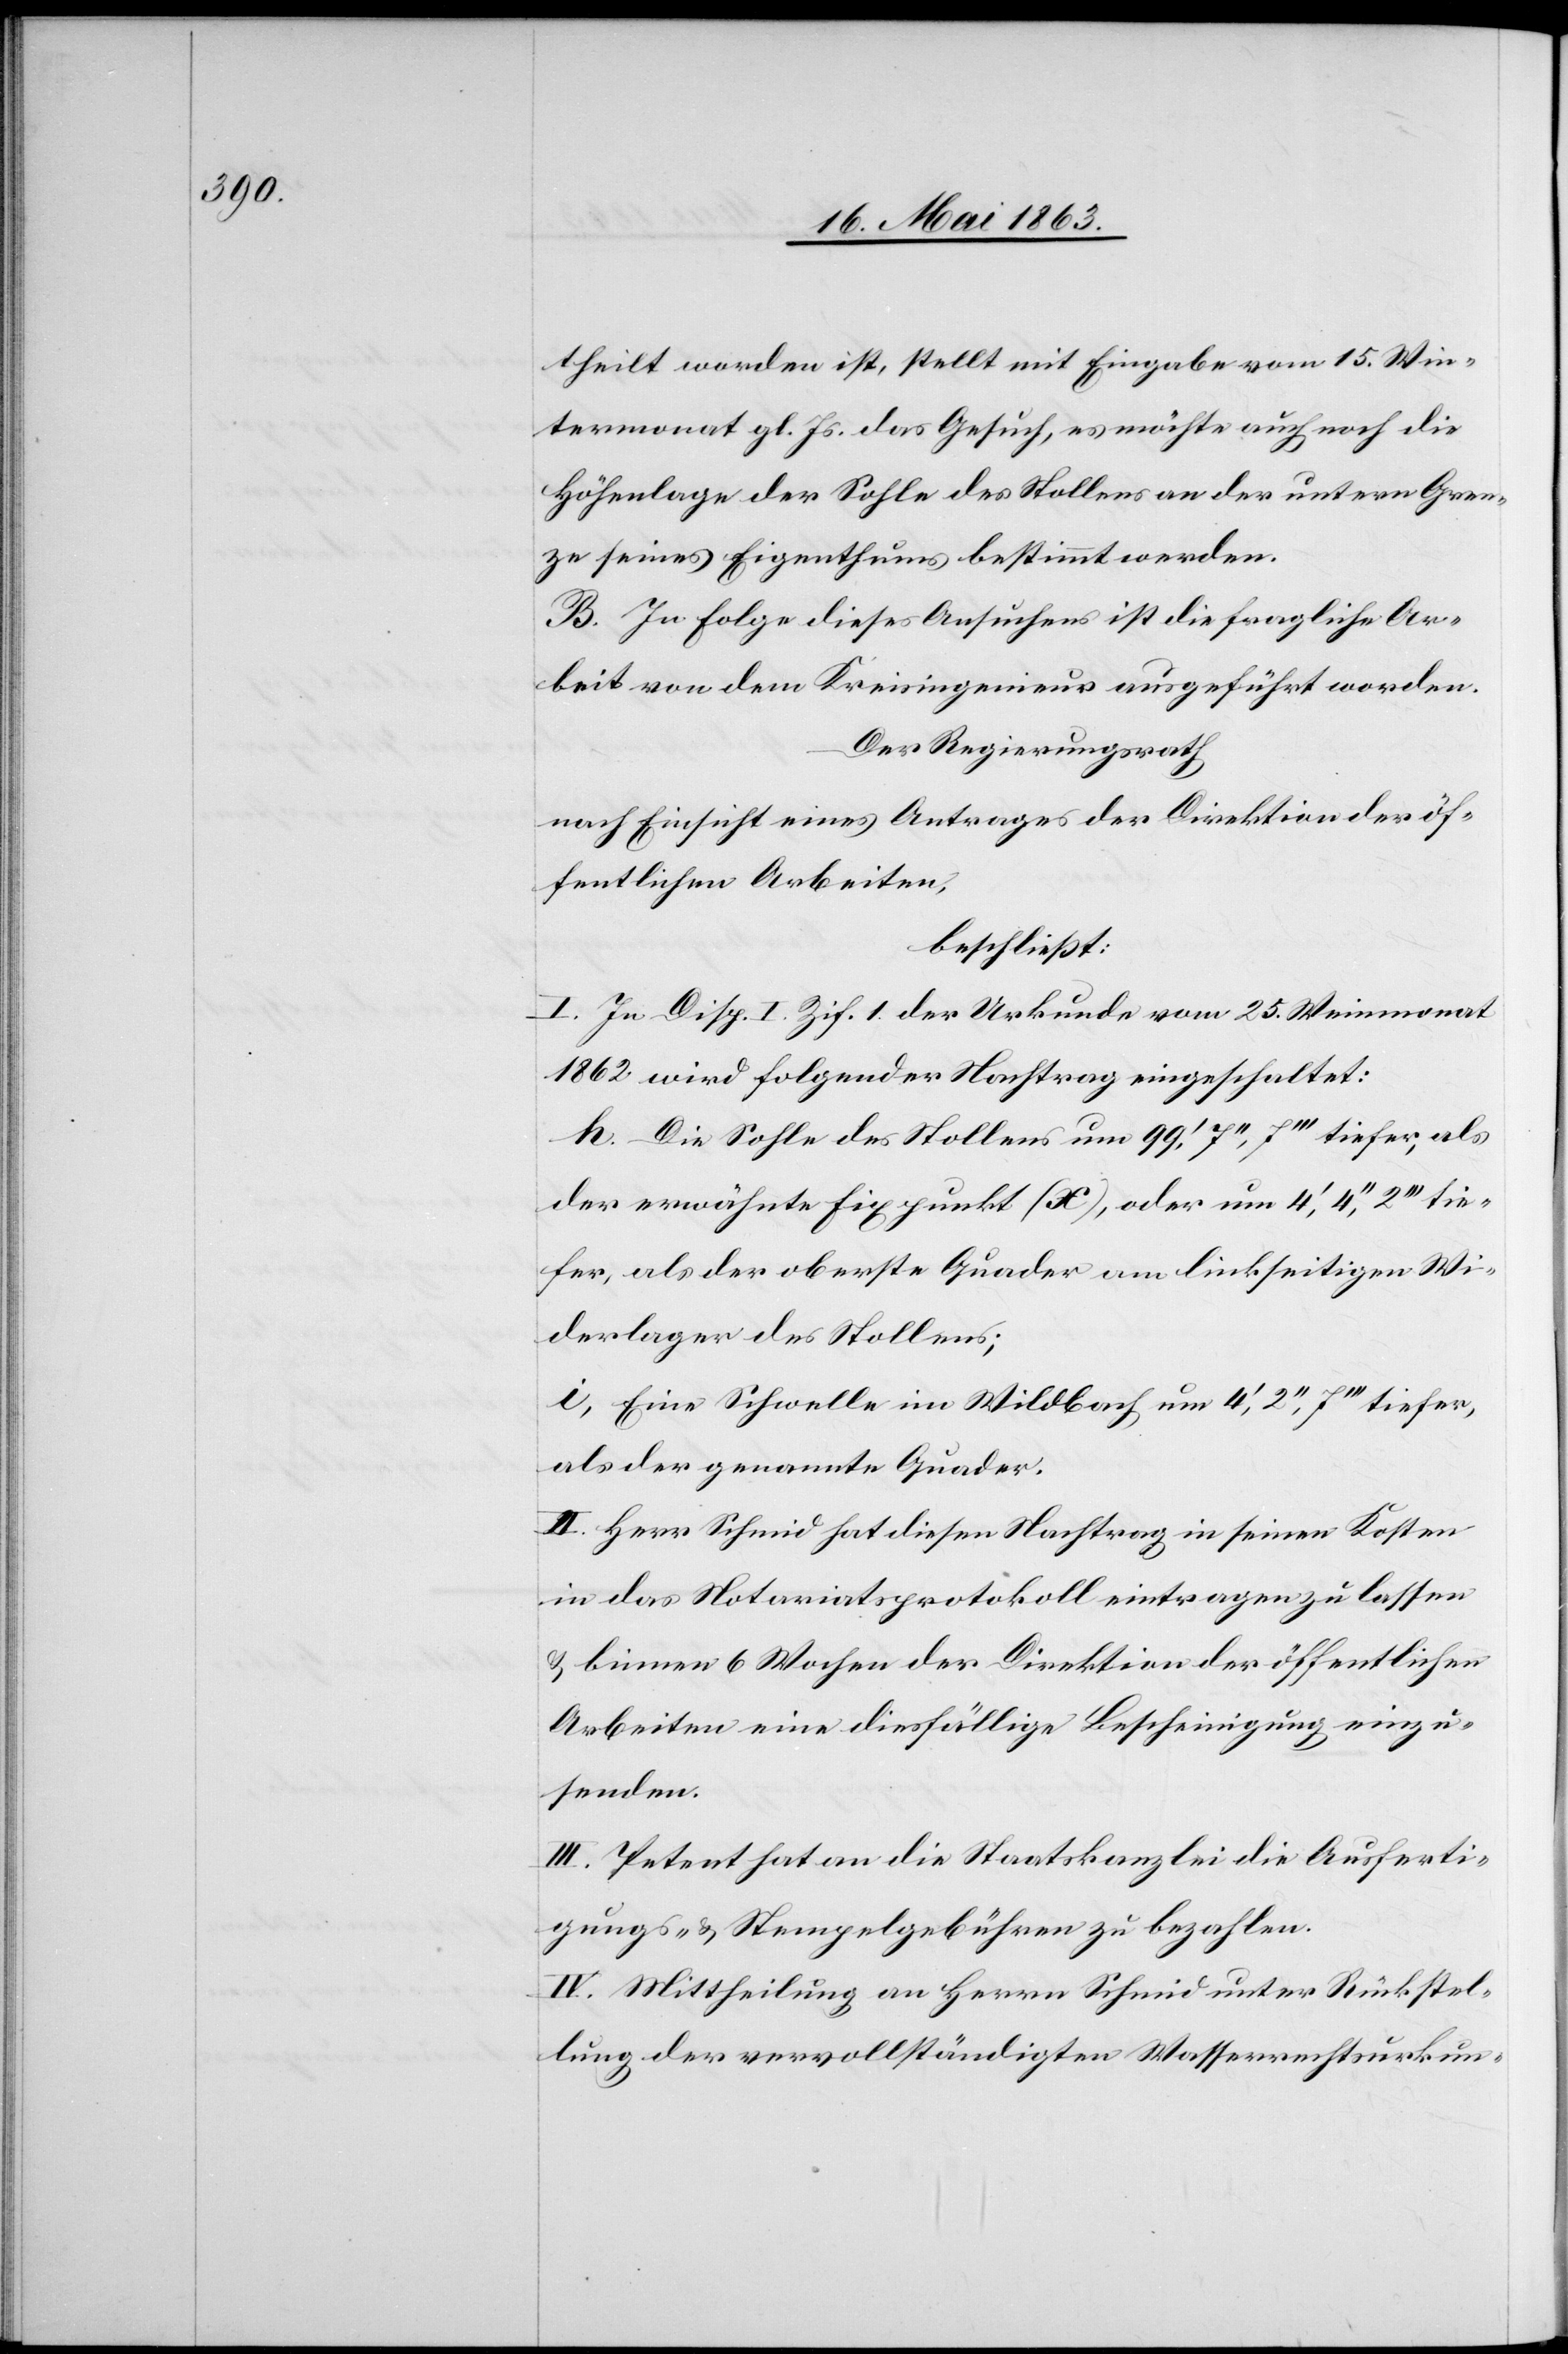
theilt worden ist, stellt mit Eingabe vom 15. Win¬
termonat gl. Js. das Gesuch, es möchte auch noch die
Höhenlage der Sohle des Stollens an der untern Gren¬
ze seines Eigenthums bestimmt werden.
B. In Folge dieses Ansuchens ist die fragliche Ar¬
beit von dem Kreisingenieur ausgeführt worden.
Der Regierungsrath
nach Einsicht eines Antrages der Direktion der öf¬
fentlichen Arbeiten,
beschließt:
I. In Disp. I. Ziff 1. der Urkunde vom 25. Weinmonat
1862 wird folgender Nachtrag eingeschaltet:
h. Die Sohle des Stollens um 99', 7'', 7''' tiefer, als
der erwähnte Fixpunkt (x), oder um 4', 4'', 2''' tie¬
fer, als der oberste Quader am linkseitigen Wi¬
derlager der Stollens;
i. Eine Schwelle im Wildbach um 4', 2'', 7''' tiefer,
als der genannte Quader.
II. Herr Schmid hat diesen Nachtrag in seinen Kosten
in das Notariatsprotokoll eintragen zu lassen
& binnen 6 Wochen der Direktion der öffentlichen
Arbeiten eine diesfällige Bescheinigung einzu¬
senden.
III. Petent hat an die Staatskanzlei die Ausferti¬
gungs- & Stempelgebühren zu bezahlen.
IV. Mittheilung an Herrn Schmid unter Rückstel¬
lung der vervollständigten Wasserrechtsurkun-